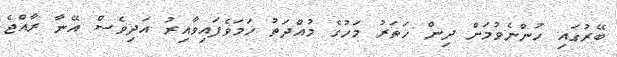
ބޭރުގައި ހުންނެވުމަށް ދިން ހަތަރު މަހުގެ މުއްދަތު ހަމަވެފައިވާއިރު އަދިވެސް އޭނާ ރާއްޖެ